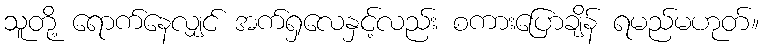
သူတို့ ရောက်နေလျှင် အက်ရှလေနှင့်လည်း စကားပြောချိန် ရမည်မဟုတ်။